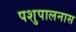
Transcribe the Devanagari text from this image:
पशुपालनास